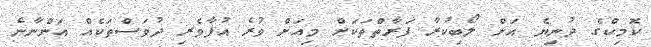
ކޮމިކްގެ ދުނިޔެ އަށް ލޯބިކުރާ ފަރާތްތަކަށް މިއަށް ވުރެ އުފާވެރި ދުވަސްތަކެއް އަންނާނެ